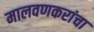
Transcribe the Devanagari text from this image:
मालवणकरांचा